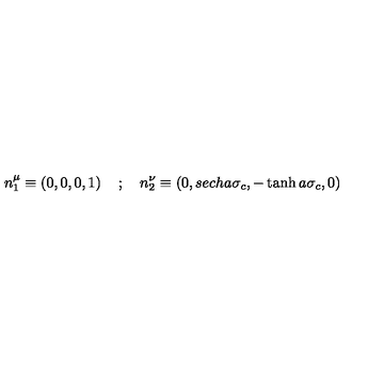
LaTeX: n _ { 1 } ^ { \mu } \equiv \left( 0 , 0 , 0 , 1 \right) \quad ; \quad n _ { 2 } ^ { \nu } \equiv \left( 0 , s e c h a \sigma _ { c } , - \tanh a \sigma _ { c } , 0 \right)